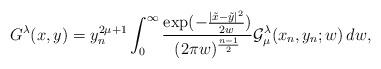
LaTeX: \begin{align*} G^{\lambda}(x,y) = y_n^{2\mu+1}\int_0^\infty \frac{\exp({-\frac{|\tilde{x}-\tilde{y}|^2}{2w}})}{(2\pi w)^{\frac{n-1}{2}}} {\mathcal{G}}_{\mu}^{\lambda}(x_n,y_n;w)\,dw\/,\end{align*}